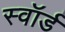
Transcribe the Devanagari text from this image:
स्‍वॉर्ड